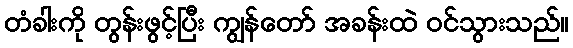
တံခါးကို တွန်းဖွင့်ပြီး ကျွန်တော် အခန်းထဲ ဝင်သွားသည်။